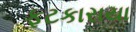
ફટકારાયા